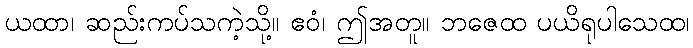
ယထာ၊ ဆည်းကပ်သကဲ့သို့။ ဧဝံ၊ ဤအတူ။ ဘဇေထ ပယိရုပါသေထ၊